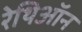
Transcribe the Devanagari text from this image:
रेथिऑन